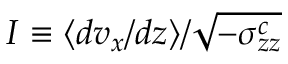
I \equiv \langle d v _ { x } / d z \rangle / \sqrt { - \sigma _ { z z } ^ { c } }